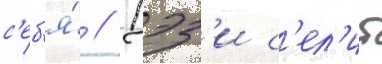
с'еб'я́ // Дэз'и с'ел'ит